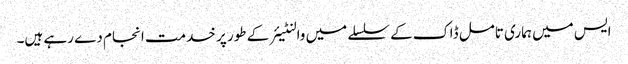
ایس میں ہماری تامل ڈاک کے سلسلے میں والنٹیئر کے طور پر خدمت انجام دے رہے ہیں۔